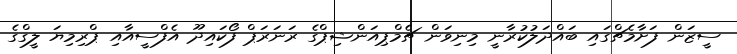
ސީޒަން ފަށާމެޗްގައި ބައްދަލުކުރާނީ މިނިވަން ޗެމްޕިއަންޝިޕްގެ ރަނަރަޕް ފޯކައިދޫ އެފްސީއާއި ޕްރިމިޔަ ލީގްގެ